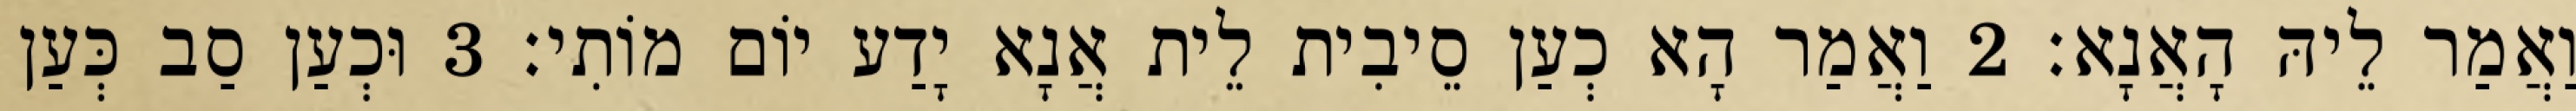
וַאֲמַר לֵיהּ הָאֲנָא׃ 2 וַאֲמַר הָא כְעַן סֵיבִית לֵית אֲנָא יָדַע יוֹם מוֹתִי׃ 3 וּכְעַן סַב כְּעַן